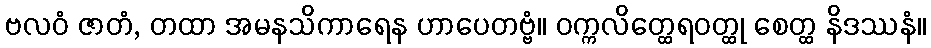
ဗလဝံ ဇာတံ, တထာ အမနသိကာရေန ဟာပေတဗ္ဗံ။ ဝက္ကလိတ္ထေရဝတ္ထု စေတ္ထ နိဒဿနံ။